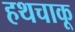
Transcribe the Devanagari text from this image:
हथचाकू